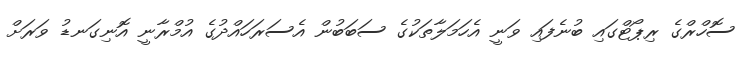
ސޮހްރްގެ ރިޕޯޓްގައި ބުނެފައި ވަނީ އެހަމަލާތަކުގެ ސަބަބުން އެސަރަހައްދުގެ އުމްރާނީ އޮނިގަނޑު ވަރަށް